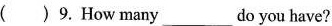
( )9.How many___do you have?